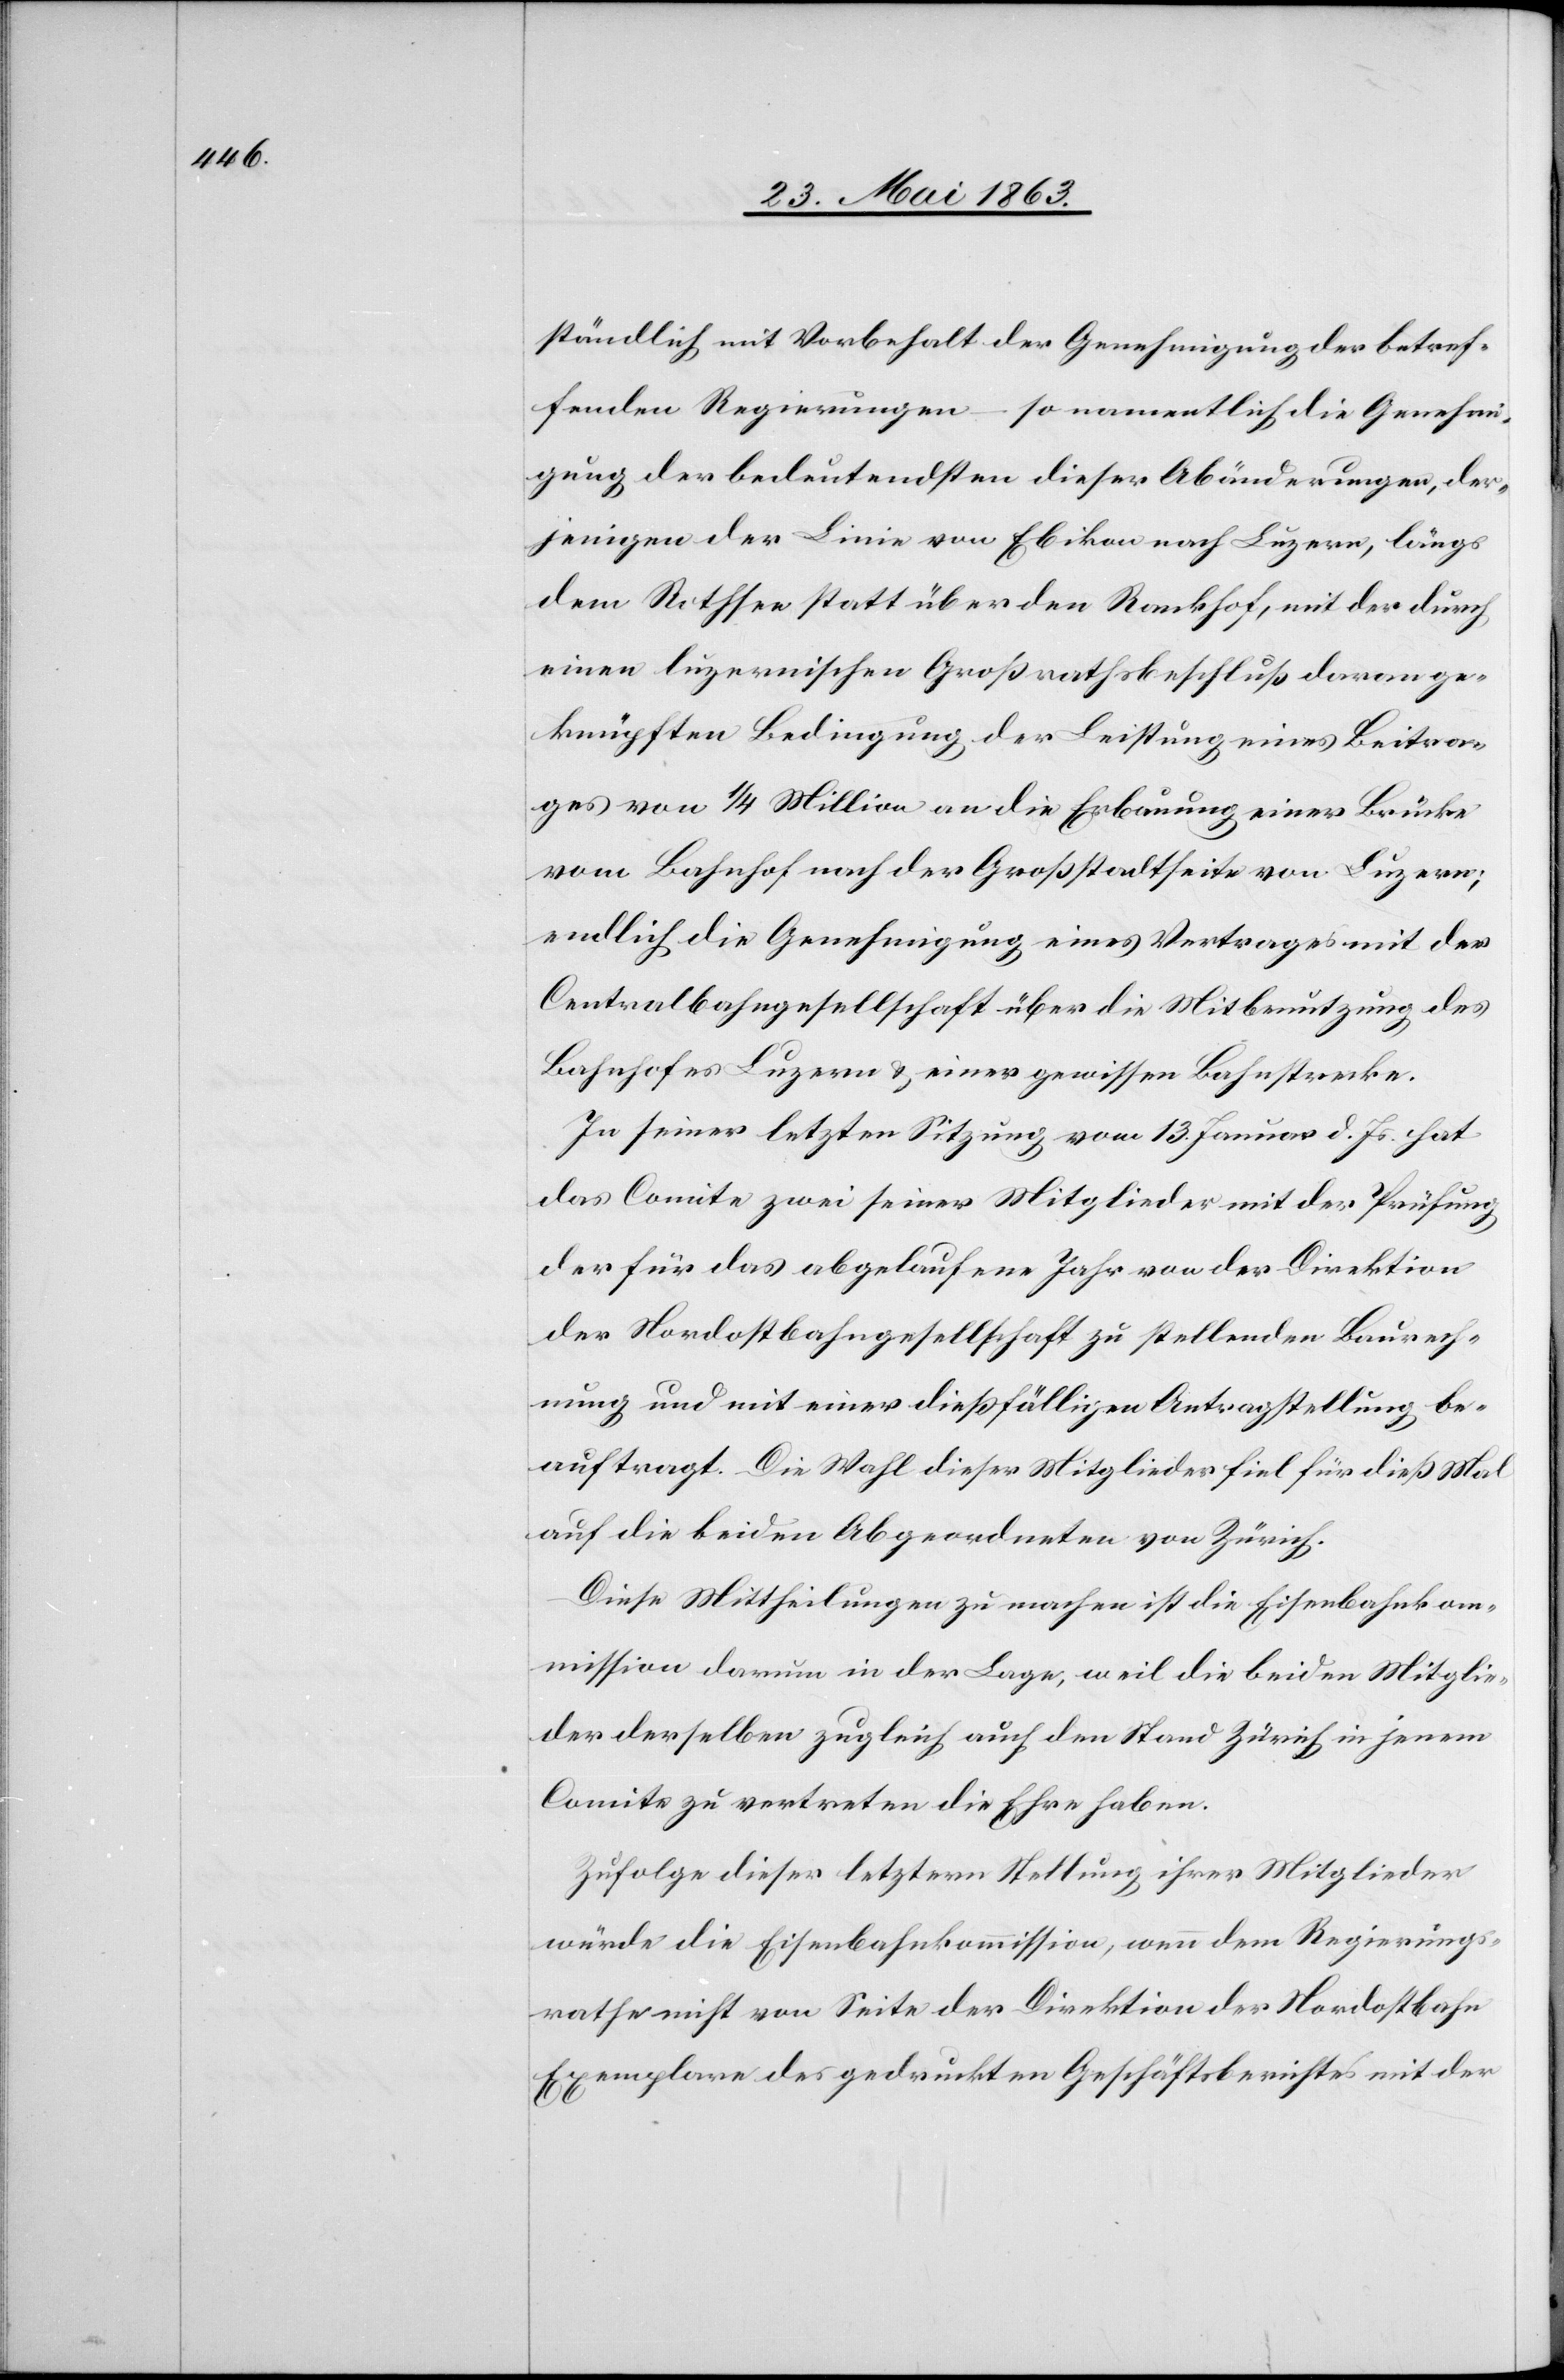
ständlich mit Vorbehalt der Genehmigung der betref¬
fenden Regierungen – so namentlich die Genehmi¬
gung der bedeutendsten dieser Abänderungen, der¬
jenigen der Linie von Ebikon nach Luzern, längs
dem Rothsee statt über den Rankhof, mit der durch
einen luzernischen Großrathsbeschluß daran ge¬
knüpften Bedingung der Leistung eines Beitra¬
ges von 1/4 Million an die Erbauung einer Brücke
vom Bahnhof nach der Großstadtseite von Luzern;
endlich die Genehmigung eines Vertrages mit der
Centralbahngesellschaft über die Mitbenutzung des
Bahnhofes Luzern & einer gewissen Bahnstrecke.
In seiner letzten Sitzung vom 13. Januar d. Js. hat
das Comite zwei seiner Mitglieder mit der Prüfung
der für das abgelaufene Jahr von der Direktion
der Nordostbahngesellschaft zu stellenden Baurech¬
nung und mit einer dießfälligen Antragstellung be¬
auftragt. Die Wahl dieser Mitglieder fiel für dieß Mal
auf die beiden Abgeordneten von Zürich.
Diese Mittheilung zu machen ist die Eisenbahnkom¬
mission darum in der Lage, weil die beiden Mitglie¬
der derselben zugleich auch den Stand Zürich in jenem
Comite zu vertreten die Ehre haben.
Zufolge dieser letztern Stellung ihrer Mitglieder
würde die Eisenbahnkommission, wenn dem Regierungs¬
rathe nicht von Seite der Direktion der Nordostbahn
Exemplare des gedruckten Geschäftsberichtes mit der